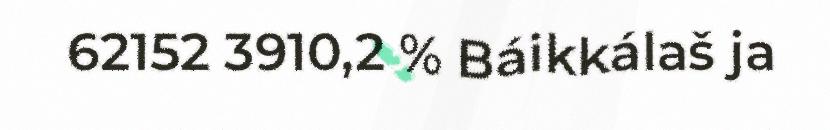
62152 3910,2 % Báikkálaš ja